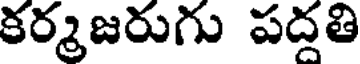
కర్మజరుగు పదతి